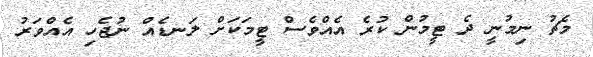
މެޗު ނިމުނީ ދެ ޓީމުން ކުރެ އެއްވެސް ޓީމަކަށް ލަނޑެއް ނުޖެހި އެއްވަރު